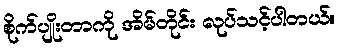
စိုက်ပျိုးတာကို အိမ်တိုင်း လုပ်သင့်ပါတယ်။